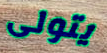
يتولى